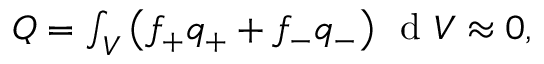
\begin{array} { r } { Q = \int _ { V } \left( f _ { + } q _ { + } + f _ { - } q _ { - } \right) \, \textrm { d } V \approx 0 , } \end{array}